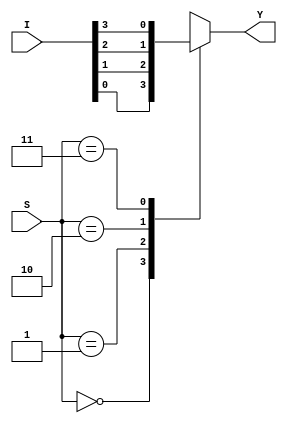
`timescale 1ns/1ps
module mux_4_1(Y,I,S);
    output reg Y;
    input [3:0] I;
    input [1:0] S;

    //assign Y=I[S]; //dataflow method 1

    //assign Y= ~|S?I[0]:(&S?I[3]:(S[0]?I[1]:I[2])); //dataflow method 2

    always@(*) //behavioral
        case(S)
            2'd0: Y=I[0];
            2'd1: Y=I[1];
            2'd2: Y=I[2];
            2'd3: Y=I[3];
            default:$display("error");
        endcase

endmodule